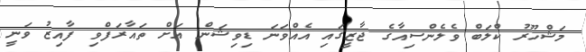
މަޝްހޫރު ކްލަބް ވެލެންސިއާގެ ޖާޒީގައި އެއްވަނަ ޑިވިޝަން އަށް ތައާރަފްވި ފާއިޒު ވަނީ